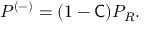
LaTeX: P ^ { ( - ) } = ( 1 - { \mathsf { C } } ) P _ { R } .